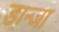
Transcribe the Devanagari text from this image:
डान्जा